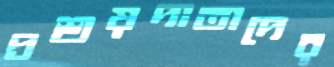
প্রশ্রয়দাতাদের